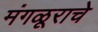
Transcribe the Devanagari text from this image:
मंगळूराचे